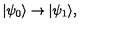
| \psi _ { 0 } \rangle \rightarrow | \psi _ { 1 } \rangle ,